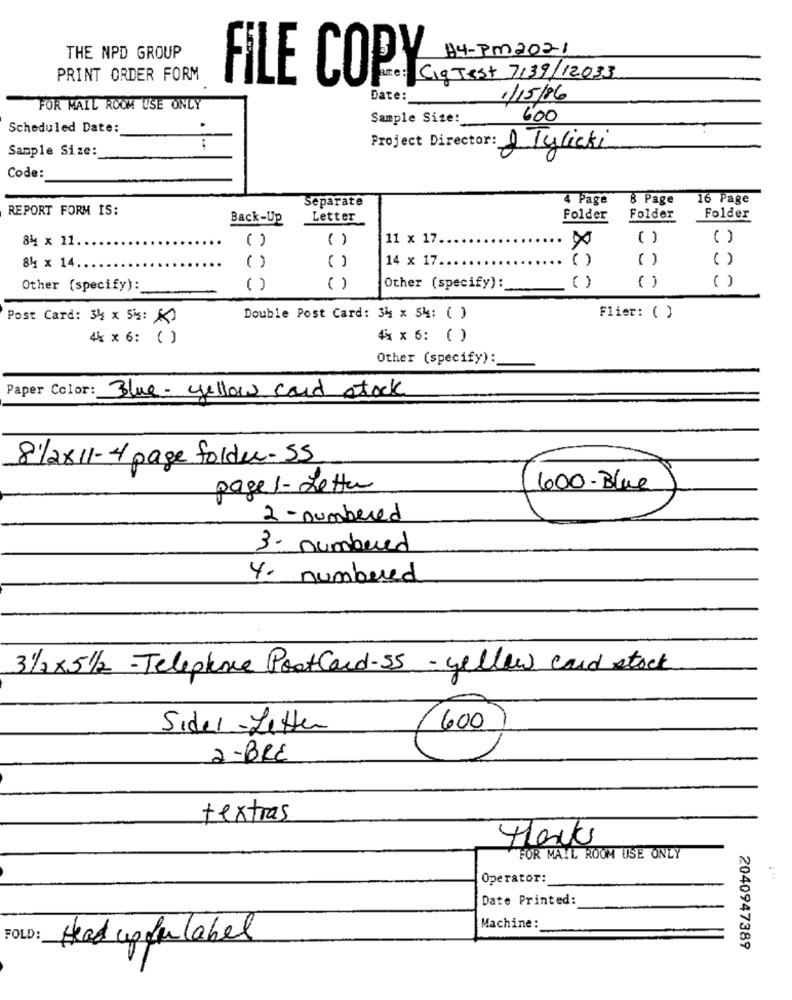
H4-PM2021
THE NPD GROUP
PRINT ORDER FORM
FILE COPY
ame : Cig Test 7139/12033
.
Date:
1/15/86
FOR MAIL ROOM USE ONLY
Sample Size:
600
Scheduled Date:
:
Sample Size:
Project Director: A Tylicki
Code:
Separate
4 Page
8 Page
16 Page
REPORT FORM IS:
Back-Up
Letter
Folder
Folder
Folder
84 x 11.
(1
11 x 17.
( )
( )
( )
14 x 17.
( )
( )
( )
84 x 14.
( )
( )
( )
Other (specify):
( )
( )
Other (specify):
Post Card: 34 × 5%: A0
Double Post Card: 34 × 54: ( )
Flier: ( )
4% × 6: ( )
4× × 6: ( )
Other (specify):
Paper Color:
Blue - yellow card stock
8/2×11- 4 page folder- 55
page 1- Letter
(600-Blue
2 - numbered
3. numbred
4. numbred
31/2× 51/2 - Telephone PostCard-55 - yellow card stock
Sider-Letter
600
2 -BRE
textras
FOR MAIL ROOM USE ONLY
Operator:
Date Printed:
Machine:
FOLD:
Head updu label
2040947389